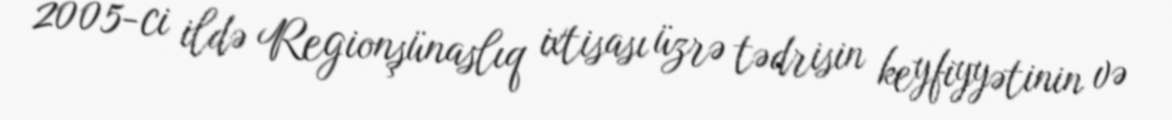
2005-ci ildə Regionşünaslıq ixtisası üzrə tədrisin keyfiyyətinin və